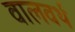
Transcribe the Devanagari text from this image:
वालवर्थ